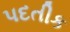
પદતીક